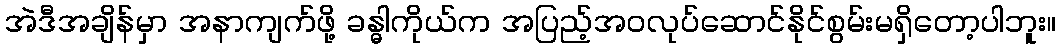
အဲဒီအချိန်မှာ အနာကျက်ဖို့ ခန္ဓါကိုယ်က အပြည့်အဝလုပ်ဆောင်နိုင်စွမ်းမရှိတော့ပါဘူး။